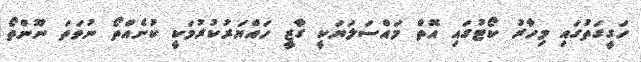
ހަގީގަތުގައި މިހާރު ކޯޓުގައި އޮތް މައްސަލަޔަކީ ގާޒީ ހައްޔަރުކުރުމަކީ ކުށެއްތޯ ނުވަތަ ނޫންތޯ